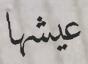
عیشها